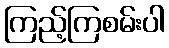
ကြည့်ကြစမ်းပါ